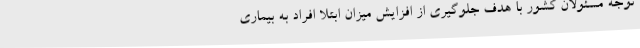
توجه مسئولان کشور با هدف جلوگیری از افزایش میزان ابتلا افراد به بیماری